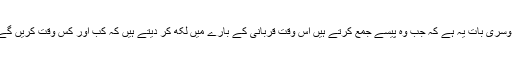
دوسری بات یہ ہے کہ جب وہ پیسے جمع کرتے ہیں اس وقت قربانی کے بارے میں لکھ کر دیتے ہیں کہ کب اور کس وقت کریں گے۔